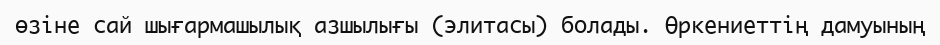
өзіне сай шығармашылық азшылығы (элитасы) болады. Өркениеттің дамуының